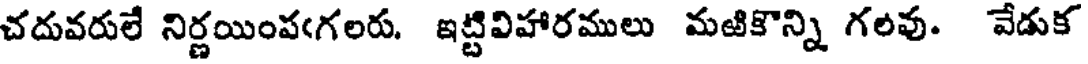
చదువరులే నిర్ణయింపఁగలరు. ఇట్టివిహారములు మఱికొన్ని గలవు. వేడుక